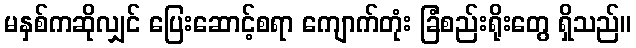
မနှစ်ကဆိုလျှင် ပြေးဆောင့်စရာ ကျောက်တုံး ခြံစည်းရိုးတွေ ရှိသည်။